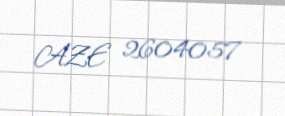
AZE 2604057